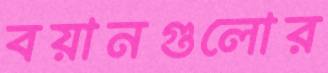
বয়ানগুলোর